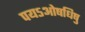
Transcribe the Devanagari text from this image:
पयऽओषधिषु